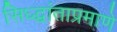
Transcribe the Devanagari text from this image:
सिध्द्धांताप्रमाणे